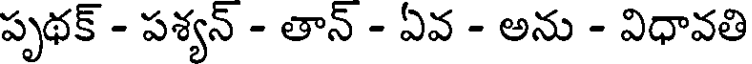
పృథక్ - పశ్యన్ - తాన్ - ఏవ - అను - విధావతి